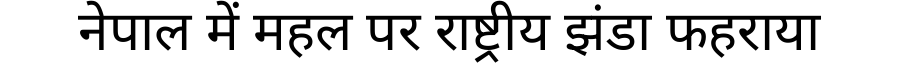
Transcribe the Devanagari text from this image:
नेपाल में महल पर राष्ट्रीय झंडा फहराया